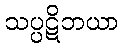
သပ္ပဋိဘယာ